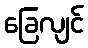
ခြေလျင်